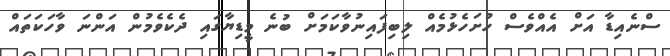
ސްނެއިޑާ އަށް އެއްވެސް ހުށަހެޅުމެއް ލިބިފައިނުވާކަމަށް ބުނެ މީޑިޔާގައި ދެކެވެމުން އަންނަ ވާހަކަތައް